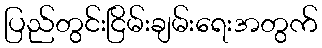
ပြည်တွင်းငြိမ်းချမ်းရေးအတွက်